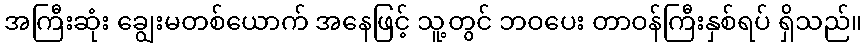
အကြီးဆုံး ချွေးမတစ်ယောက် အနေဖြင့် သူ့တွင် ဘဝပေး တာဝန်ကြီးနှစ်ရပ် ရှိသည်။